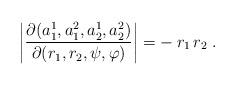
LaTeX: \begin{align*}\left| \frac{\partial(a_1^1, a_1^2, a_2^1, a_2^2)} {\partial (r_1, r_2, \psi, \varphi)} \right| = -\: r_1 \, r_2 \; . \end{align*}